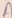
Text: A